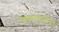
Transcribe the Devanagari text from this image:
रक्तवाहिन्यांमधून